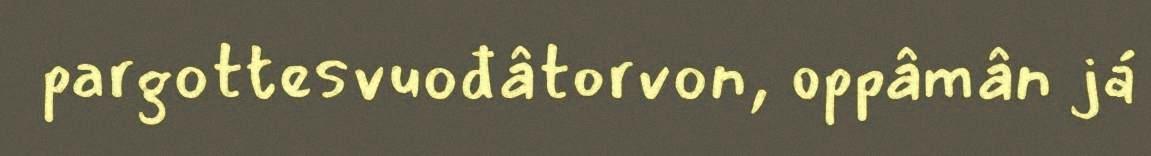
pargottesvuođâtorvon, oppâmân já